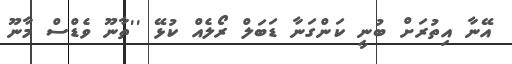
އޭނާ އިތުރަށް ބުނީ ކަންގަނާ ޑަބަލް ރޯލެއް ކުޅޭ ''ތާނޫ ވެޑްސް މާނޫ